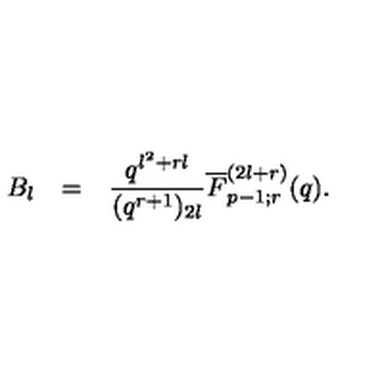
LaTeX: \begin{array} { r c l } { B _ { l } } & { = } & { \displaystyle \frac { q ^ { l ^ { 2 } + r l } } { ( q ^ { r + 1 } ) _ { 2 l } } \overline { { F } } _ { p - 1 ; r } ^ { ( 2 l + r ) } ( q ) . } \\ \end{array}